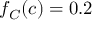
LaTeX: \textstyle f _ { C } ( c ) = 0 . 2